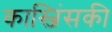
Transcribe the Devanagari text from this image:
कास्जिंसकी